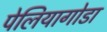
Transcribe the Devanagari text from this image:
पेलियागोडा